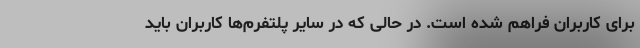
برای کاربران فراهم شده است. در حالی که در سایر پلتفرم‌ها کاربران باید